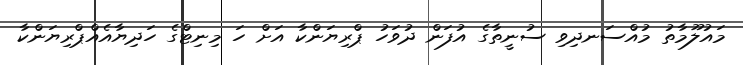
މައުލޫމާތު މުއްސަނދިވި ސުނީތާގެ އުފަން ދުވަހު ޕްރިޔަންކާ އަށް ހަ މިނިޓްގެ ހަދިޔާއެއްޕްރިޔަންކާ